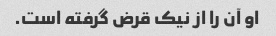
او آن را از نیک قرض گرفته است.